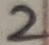
Text: 2